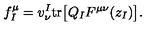
f _ { I } ^ { \mu } = v _ { \nu } ^ { I } \mathrm { t r } \bigl [ Q _ { I } F ^ { \mu \nu } ( z _ { I } ) \bigr ] .